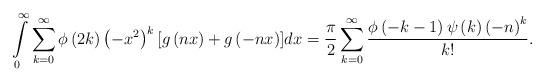
LaTeX: \begin{align*}\int\limits_0^\infty {\sum\limits_{k = 0}^\infty {\phi \left( {2k} \right){{\left( { - {x^2}} \right)}^k}\left[ {g\left( {nx} \right) + g\left( { - nx} \right)} \right]} } dx = \frac{\pi }{2}\sum\limits_{k = 0}^\infty {\frac{{\phi \left( { - k - 1} \right)\psi \left( k \right){{\left( { - n} \right)}^k}}}{{k!}}.} \end{align*}